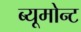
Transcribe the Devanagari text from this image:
ब्यूमोन्ट